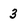
Character: 3